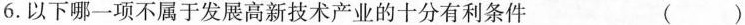
6.以下哪一项不属于发展高新技术产业的十分有利条件 ()